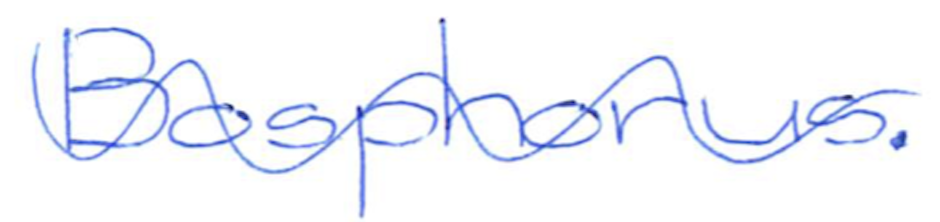
Text: Bosphorus.
Cross-out: wave
Writing tool: ballpoint